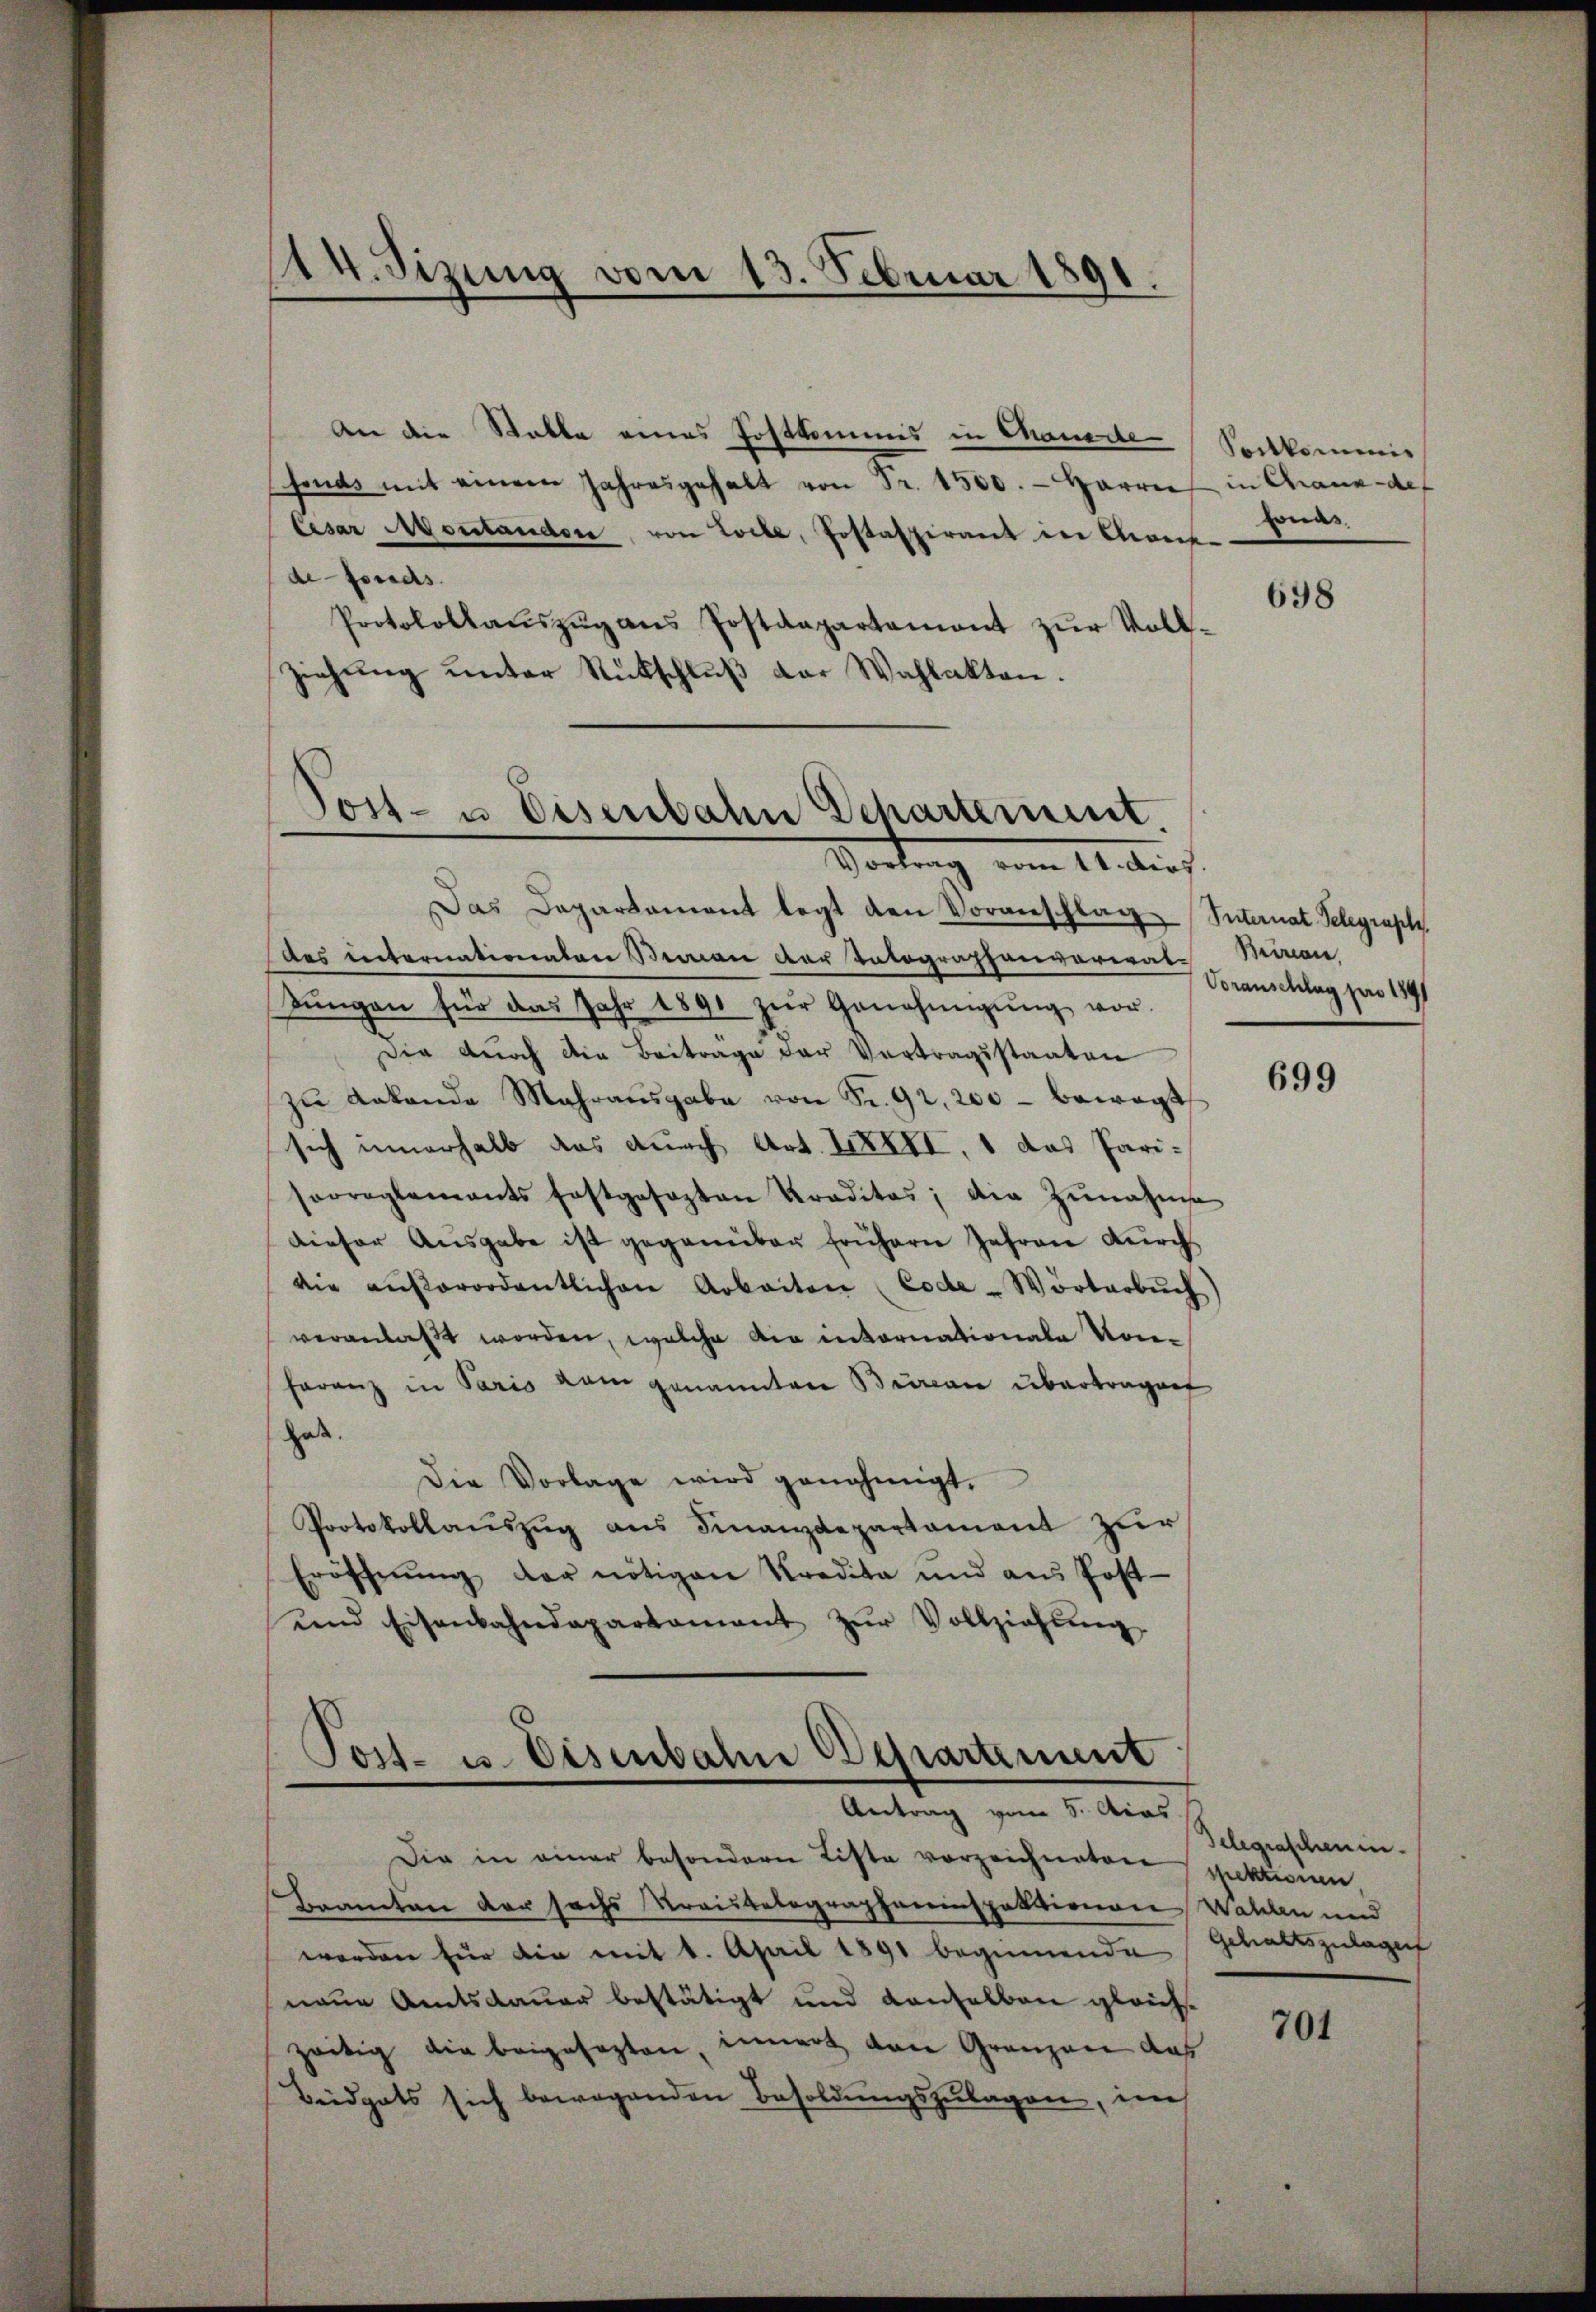
An die Statte eines Postkommes in Chande
fonds mit einem Jahresgehalt von Fr. 1500. - Harrie in Chaux-de-
Cesar Montanden, von Locke, Postaspirant in Cant
de fonds.
Protokollaŭszŭg ans Postdepartement zŭr Voll-
ziehung unter Rückschluß der Wahlakten.
Das Departament legt den Voranschlag (Suternat Telegraph
des internationaten Beman der Tatographenvoreral-Minian
tŭngen für das Jahr 1890 zŭr Genehmigŭng vor-
Die durch die Beitrage der Vertragsstaaten
zŭ Labande Mahraŭsgabe von Fr. 92, 200 - bewegt
sich innerhalb das durch Art. XXIII, 1 das Parisowreglements festgesezten Praditas, die Zunahme
dieser Ausgabe ist gegenüber frühern Jahren durch
die aŭβerordentlichen Arbeiten Code-Wörterbŭch)
veranlaßt worden, welche die internationale Konferenz in Paris vom genannten Bureau übertragen
habe.
Die Vorlage wird genehmigt.
Protokollaŭszŭg ans Finanzdepartament zŭr
Eröffnŭng der nötigen Kredita und ans Post-
uend Eisenbahndepartament zŭr Vollziehŭng

14. Sizung vom 13. Februar 1891

Jost- u Eisenbahn Scharterinnt
Vortrag vom 11. dies

Post- u. Eisenbahne Departement
Antrag vom 5. Acas

Die in einer besondern Liste vorzeichneten
Bramten der sechs Kreistalographeninspektionen Wahlen und
worden für die mit 1. April 1891 beginnende Gehaltszulagen
naue Amtsdauer bestätigt und denselben gleichs-
zeitig die beigesezten innert den Gränzen das
Beidgats sich bewegenden Besoldungszulagen, im

Sortkommis
onas.

698

Voranschlag pro 1891

699

Telegrascheninspektionen.

701